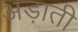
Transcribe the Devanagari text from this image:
अड़ाती